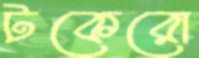
টকেরো